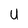
Character: U